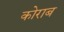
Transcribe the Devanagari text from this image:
कोराब